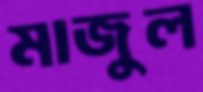
মাজুল